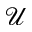
\mathscr { U }